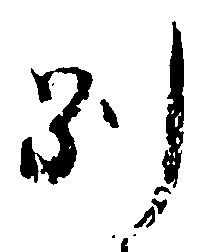
別